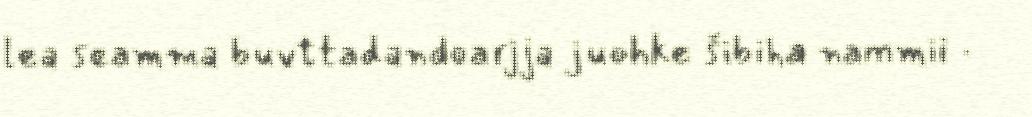
lea seamma buvttadandoarjja juohke šibiha nammii ·